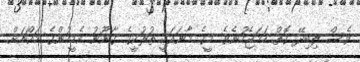
ވެސް ލިބިދޭ ގޮތް ހަމަޖެހުނެވެ. މީގެ މާނައަކީ ތުރުކީގެ ގާނޫނު އެމީހުންގެ މައްޗަށް